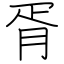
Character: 胥